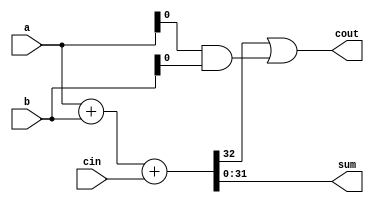
module CarryBypassAdder (
    input wire [31:0] a,
    input wire [31:0] b,
    input wire cin,
    output wire [31:0] sum,
    output wire cout
);

wire [32:0] pd, n, g;

assign {n[31:0], n[32]} = {b, cin};
assign {g[31:0], g[32]} = {a, cin};
assign pd = a + b + cin;
assign sum = pd[31:0];
assign cout = pd[32] | (g & n);

endmodule